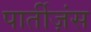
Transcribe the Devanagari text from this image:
पार्तीज़ंस